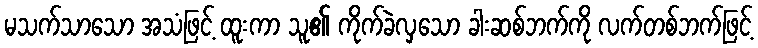
မသက်သာသော အသံဖြင့် ထူးကာ သူ၏ ကိုက်ခဲလှသော ခါးဆစ်ဘက်ကို လက်တစ်ဘက်ဖြင့်